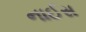
નાઈસ